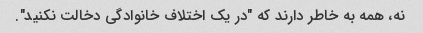
نه، همه به خاطر دارند که "در یک اختلاف خانوادگی دخالت نکنید".